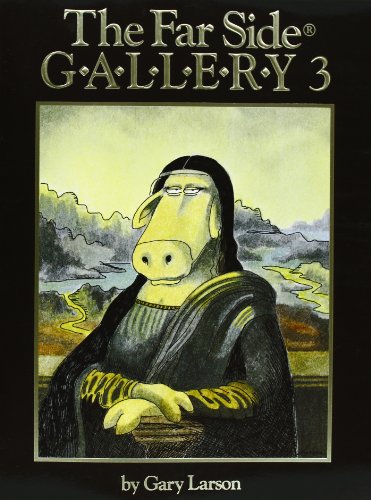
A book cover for The Far Side Gallery 3; Gary Larson; Comics & Graphic Novels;